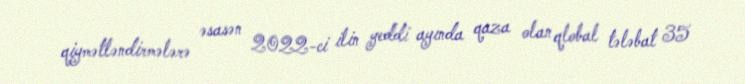
qiymətləndirmələrə əsasən 2022-ci ilin yeddi ayında qaza olan qlobal tələbat 35